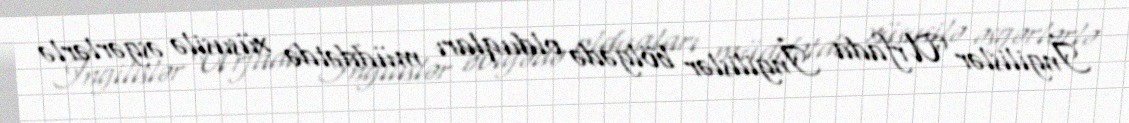
İngilislər Urfada İngilislər bölgədə olduqları müddətdə xüsusilə əsgərlərlə